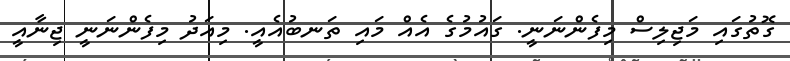
ގޮތުގައި މަޖިލިސް މިފެންނަނީ. ގައުމުގެ އެއް މައި ތަނބުއެއީ. މިއަދު މިފެންނަނީ ޖިނާއީ